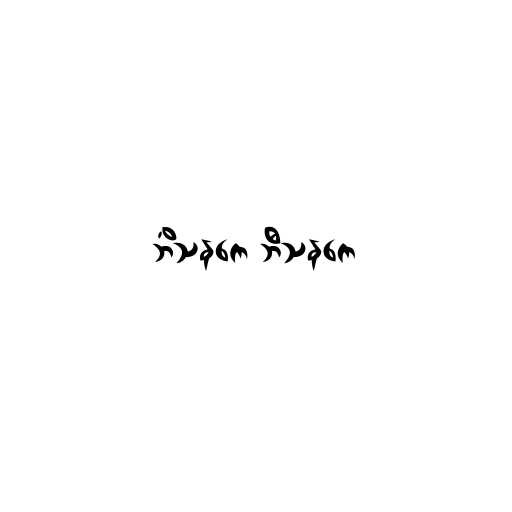
ဘိံသနကေ ဘီသနကေ